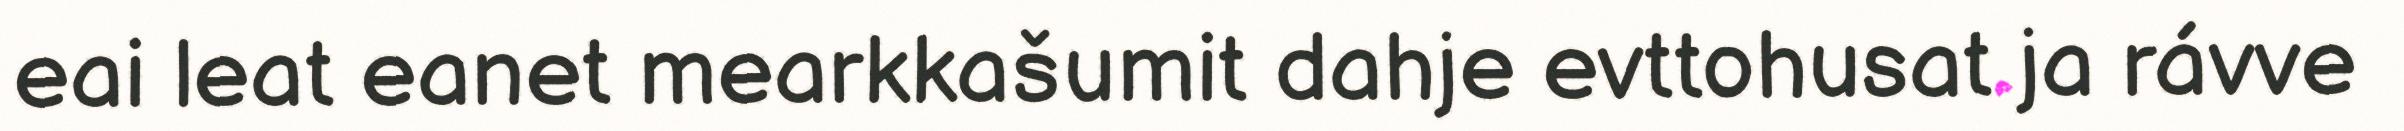
eai leat eanet mearkkašumit dahje evttohusat ja rávve